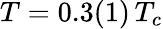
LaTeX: T=0.3(1)\, T_{c}